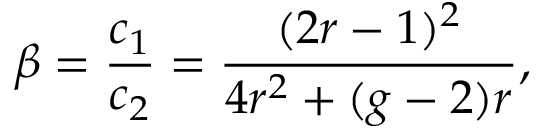
\beta = \frac { c _ { 1 } } { c _ { 2 } } = \frac { ( 2 r - 1 ) ^ { 2 } } { 4 r ^ { 2 } + ( g - 2 ) r } ,